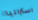
استراليا